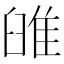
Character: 𨾹